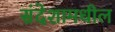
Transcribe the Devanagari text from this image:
संदेशामधील